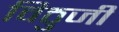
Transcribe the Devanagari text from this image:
विठुजी